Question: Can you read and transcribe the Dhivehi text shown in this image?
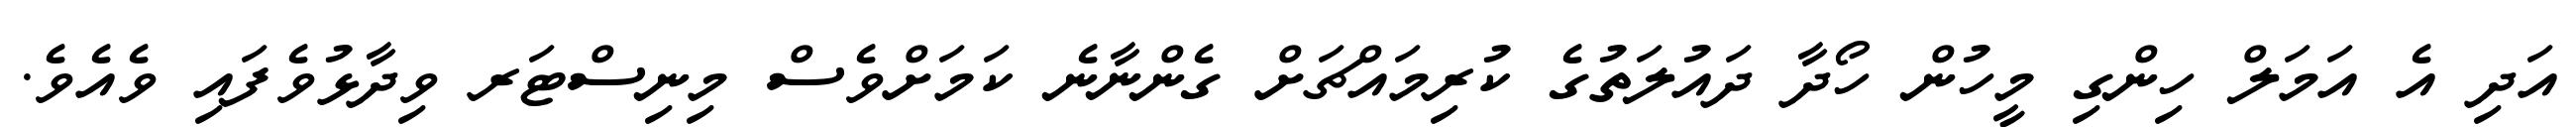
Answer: އަދި އެ އަމަލް ހިންގި މީހުން ހޯދާ ދައުލަތުގެ ކުރިމައްޗަށް ގެންނާނެ ކަމަށްވެސް މިނިސްޓަރ ވިދާޅުވެފައި ވެއެވެ.